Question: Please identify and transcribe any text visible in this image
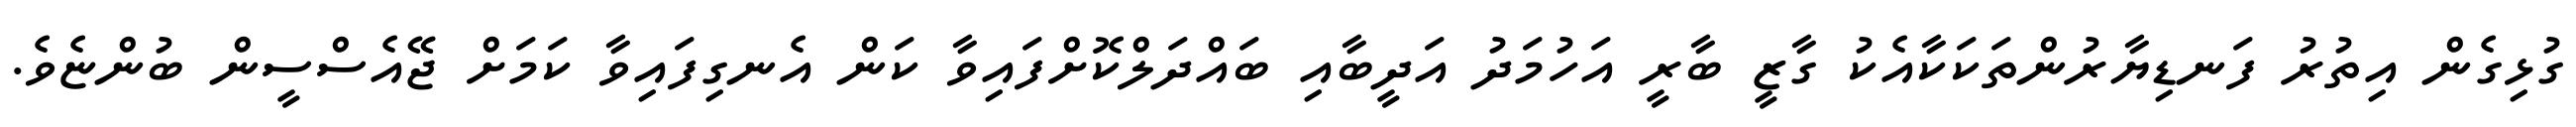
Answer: ގުޅިގެން އިތުރު ފަނޑިޔާރުންތަކަކާއެކު ގާޒީ ބާރީ އަހުމަދު އަދީބާއި ބައްދަލްކޮށްފައިވާ ކަން އެނގިފައިވާ ކަމަށް ޖޭއެސްސީން ބުންޏެވެ.